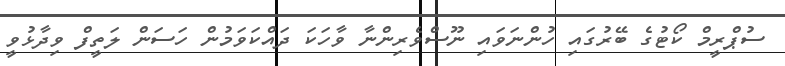
ސުޕްރީމް ކޯޓުގެ ބޭރުގައި ހުންނަވައި ނޫސްވެރިންނާ ވާހަކަ ދައްކަވަމުން ހަސަން ލަތީފް ވިދާޅުވީ